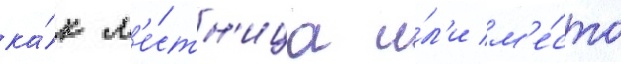
ка́к л'е́стн'ица и́л'и м'е́сто